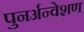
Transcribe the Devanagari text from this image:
पुनर्अन्वेशण